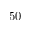
5 0